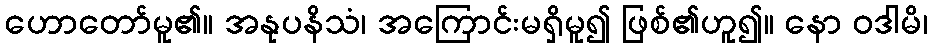
ဟောတော်မူ၏။ အနုပနိသံ၊ အကြောင်းမရှိမူ၍ ဖြစ်၏ဟူ၍။ နော ဝဒါမိ၊